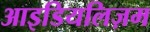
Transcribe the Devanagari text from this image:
आइडियलिज़म